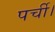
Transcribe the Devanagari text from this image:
पर्ची।